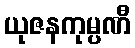
ယုဇနကုမ္ပဏီ